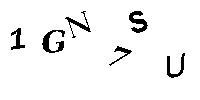
1GN7SU